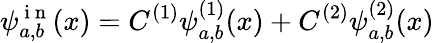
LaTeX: \psi_{a,b}^{\mathrm{~i~n~}}(x)=C^{(1)}\psi_{a,b}^{(1)}(x)+C^{(2)}\psi_{a,b}^{(2)}(x)